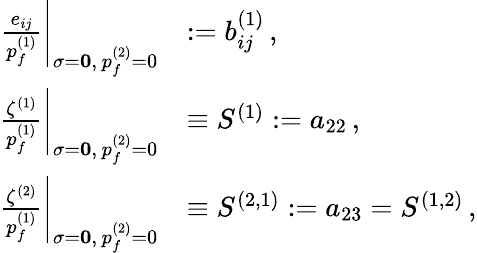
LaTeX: \begin{array}{rl}{\left.\frac{e_{ij}}{p_{f}^{(1)}}\right|_{{\mathbf{\sigma}=\mathbf{0}},\, p_{f}^{(2)}=0}}&{:=b_{ij}^{(1)}\, ,}\\ {\left.\frac{\zeta^{(1)}}{p_{f}^{(1)}}\right|_{{\mathbf{\sigma}=\mathbf{0}},\, p_{f}^{(2)}=0}}&{\equiv S^{(1)}:=a_{22}\, ,}\\ {\left.\frac{\zeta^{(2)}}{p_{f}^{(1)}}\right|_{{\mathbf{\sigma}=\mathbf{0}},\, p_{f}^{(2)}=0}}&{\equiv S^{(2,1)}:=a_{23}=S^{(1,2)}\, ,}\end{array}